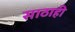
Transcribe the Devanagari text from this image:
साठाही